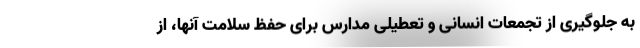
به جلوگیری از تجمعات انسانی و تعطیلی مدارس برای حفظ سلامت آنها، از